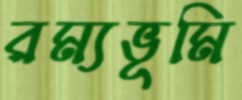
রম্যভূমি